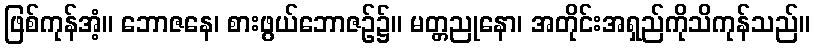
ဖြစ်ကုန်အံ့။ ဘောဇနေ၊ စားဖွယ်ဘောဇဉ်၌။ မတ္တညုနော၊ အတိုင်းအရှည်ကိုသိကုန်သည်။